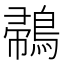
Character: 𪂪